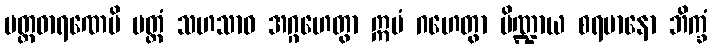
ပတ္တဓာရဏေပိ ပတ္တံ သဟသာဝ အဂ္ဂဟေတွာ ဣမံ ဂဟေတွာ ပိဏ္ဍာယ စရမာနော ဘိက္ခံ